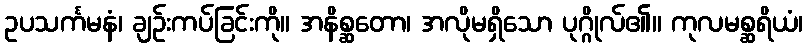
ဥပသင်္ကမနံ၊ ချဉ်းကပ်ခြင်းကို။ အနိစ္ဆတော၊ အလိုမရှိသော ပုဂ္ဂိုလ်၏။ ကုလမစ္ဆရိယံ၊